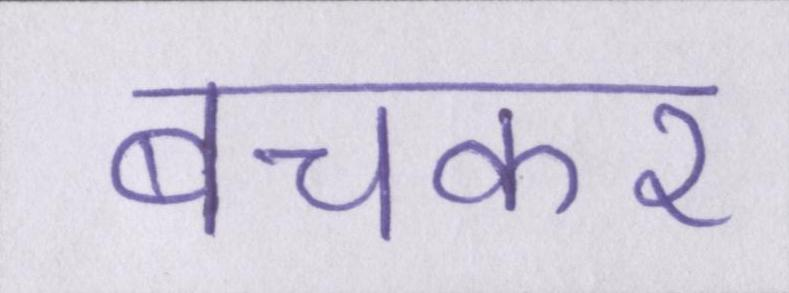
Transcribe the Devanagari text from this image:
बचकर